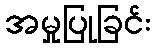
အမှုပြုခြင်း